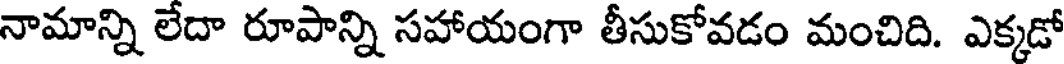
నామాన్ని లేదా రూపాన్ని సహాయంగా తీసుకోవడం మంచిది. ఎక్కడో